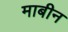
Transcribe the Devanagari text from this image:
माबीन